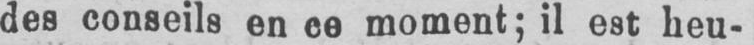
des conseils en ce moment; il est heu-